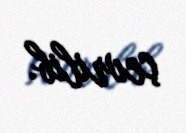
çevrilib.